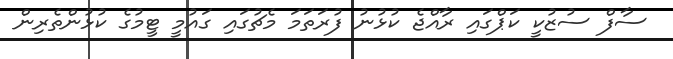
ސާފް ސުޒުކީ ކަޕްގައި ރާއްޖެ ކުޅުނު ފުރަތަމަ މެޗުގައި ގައުމީ ޓީމުގެ ކުޅުންތެރިން